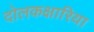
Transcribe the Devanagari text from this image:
दोलकक्षारिया